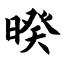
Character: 暌